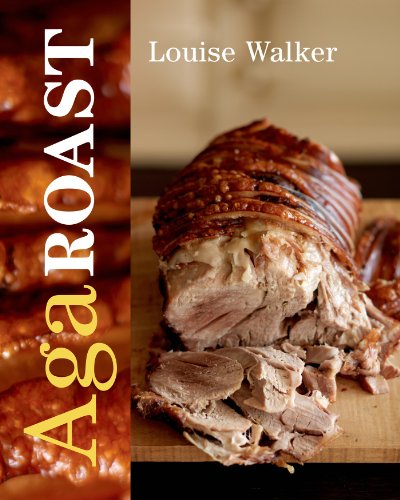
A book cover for Aga Roast (Aga and Range Cookbooks); Louise Walker; Cookbooks, Food & Wine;